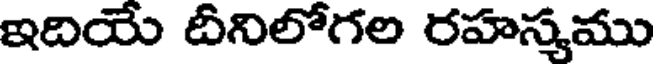
ఇదియే దీనిలోగల రహస్మము